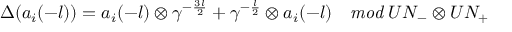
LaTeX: \Delta ( a _ { i } ( - l ) ) = a _ { i } ( - l ) \otimes \gamma ^ { - \frac { 3 l } { 2 } } + \gamma ^ { - \frac { l } { 2 } } \otimes a _ { i } ( - l ) \quad { \it m o d } \; U N _ { - } \otimes U N _ { + }